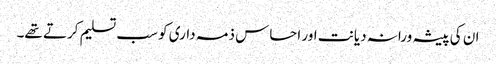
ان کی پیشہ ورانہ دیانت اور احساس ذمہ داری کو سب تسلیم کرتے تھے۔